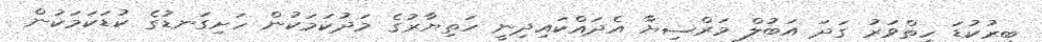
ބިރުކުޑަ ހިތްވަރު ގަދަ އަބުލް މަރްޟިޔާ އެދައްކައިދިނީ ހަތިޔާރުގެ މަދުކަމަކުން ހަށިގަނޑުގެ ކުޑަކަމަކުން